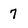
Character: 7